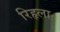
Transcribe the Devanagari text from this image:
रिहृला